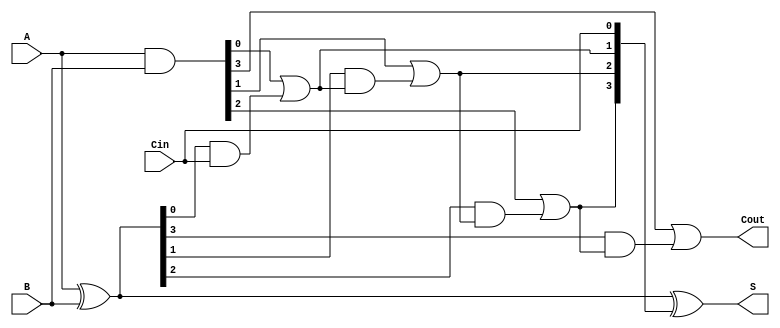
module CarryLookaheadAdder #(parameter n = 4) (
    input  [n-1:0] A,      // First n-bit input
    input  [n-1:0] B,      // Second n-bit input
    input          Cin,     // Carry-in
    output [n-1:0] S,      // n-bit sum output
    output         Cout     // Carry-out
);

    // Generate and Propagate signals
    wire [n-1:0] G; // Generate signals
    wire [n-1:0] P; // Propagate signals
    wire [n:0] C;   // Carry signals

    // Generate and Propagate calculations
    assign G = A & B;          // G[i] = A[i] & B[i]
    assign P = A ^ B;          // P[i] = A[i] ^ B[i]

    // Carry signals calculation
    assign C[0] = Cin;         // C[0] = Cin
    genvar i;
    generate
        for (i = 0; i < n; i = i + 1) begin : carry_calc
            if (i == 0) begin
                assign C[i + 1] = G[i] | (P[i] & C[i]); // C[1] = G[0] + (P[0] * C[0])
            end else begin
                assign C[i + 1] = G[i] | (P[i] & C[i]); // C[i + 1] = G[i] + (P[i] * C[i])
            end
        end
    endgenerate

    // Sum calculation
    assign S = P ^ C[n-1:0]; // S[i] = P[i] ^ C[i]

    // Carry-out
    assign Cout = C[n];      // Cout = C[n]

endmodule